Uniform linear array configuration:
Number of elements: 64
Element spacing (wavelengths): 0.25
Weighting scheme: cosine
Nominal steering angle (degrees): -45
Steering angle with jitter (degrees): -44.105
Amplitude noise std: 0.05
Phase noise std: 0.05

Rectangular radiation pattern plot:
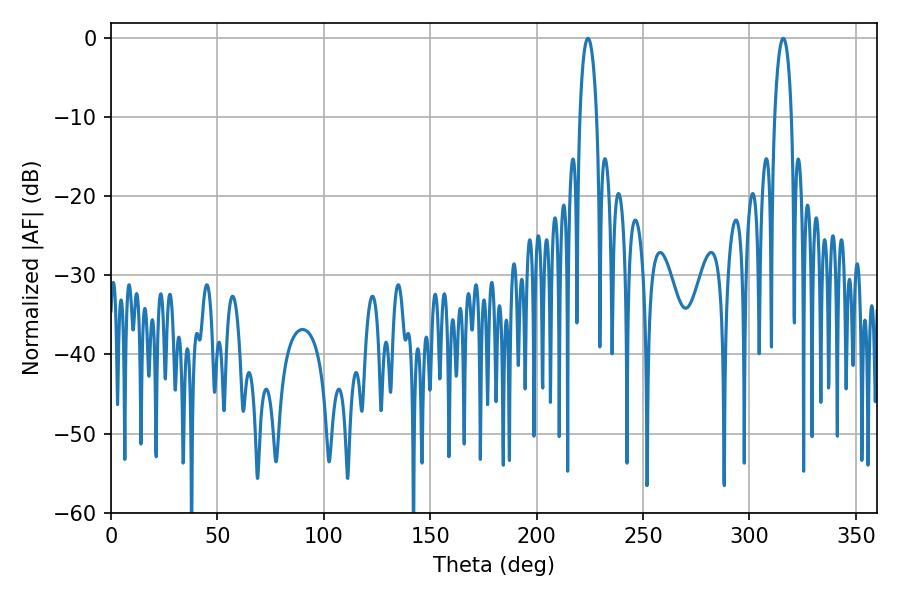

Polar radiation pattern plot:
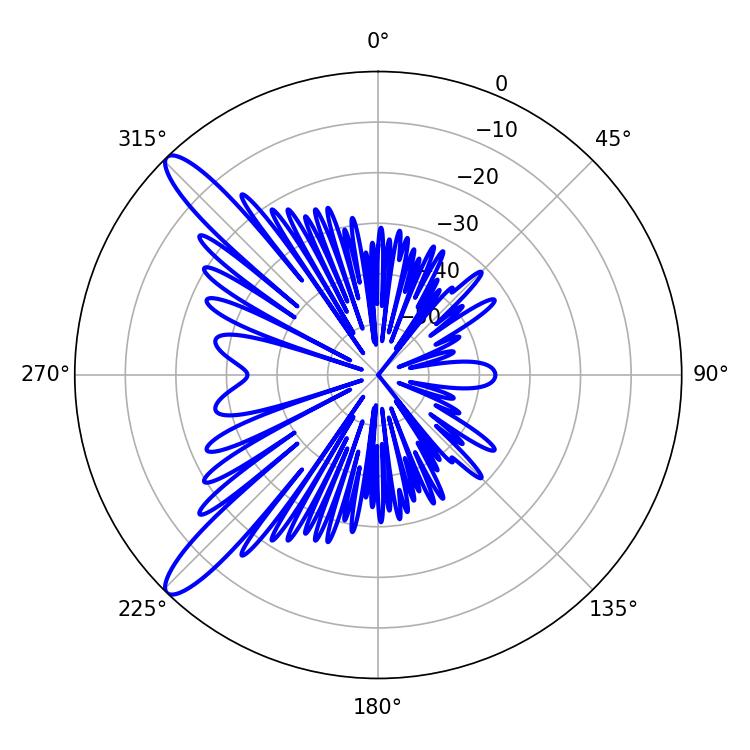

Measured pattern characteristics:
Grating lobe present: FALSE
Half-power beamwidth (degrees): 4.5
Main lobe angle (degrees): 224.1